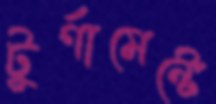
টুর্ণামেন্টে